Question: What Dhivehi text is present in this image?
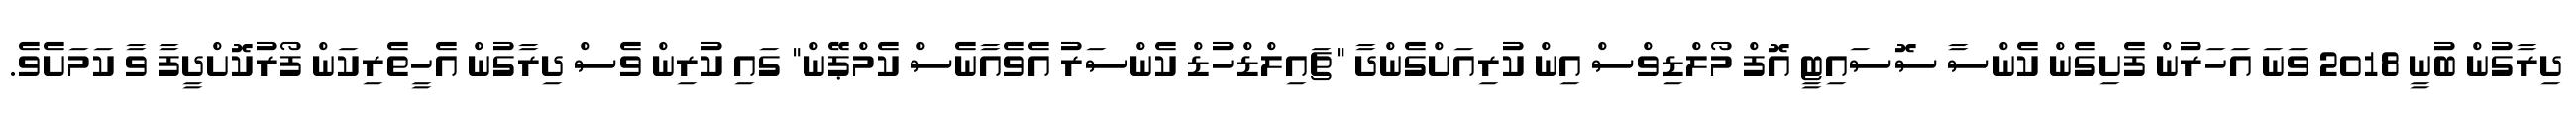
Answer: ދިރާގުން ބުނީ 2018 ވަނަ އަހަރުން ފެށިގެން ކެންސާ ސޮސައިޓީ އޮފް މޯލްޑިވްސް އިން ކުރިއަށްގެންދާ "ޗައިލްޑްހުޑް ކެންސަރު އެވެއާނެސް ކެމްޕޭން" ގައި ކުރިން ވެސް ދިރާގުން އެހީތެރިކަން ފޯރުކޮށްދީފާ ވާ ކަމަށެވެ.